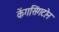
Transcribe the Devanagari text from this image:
केंगसिंगटोन